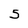
Character: S